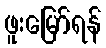
ဖူးမြော်ရန်